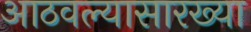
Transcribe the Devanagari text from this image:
आठवल्यासारख्या